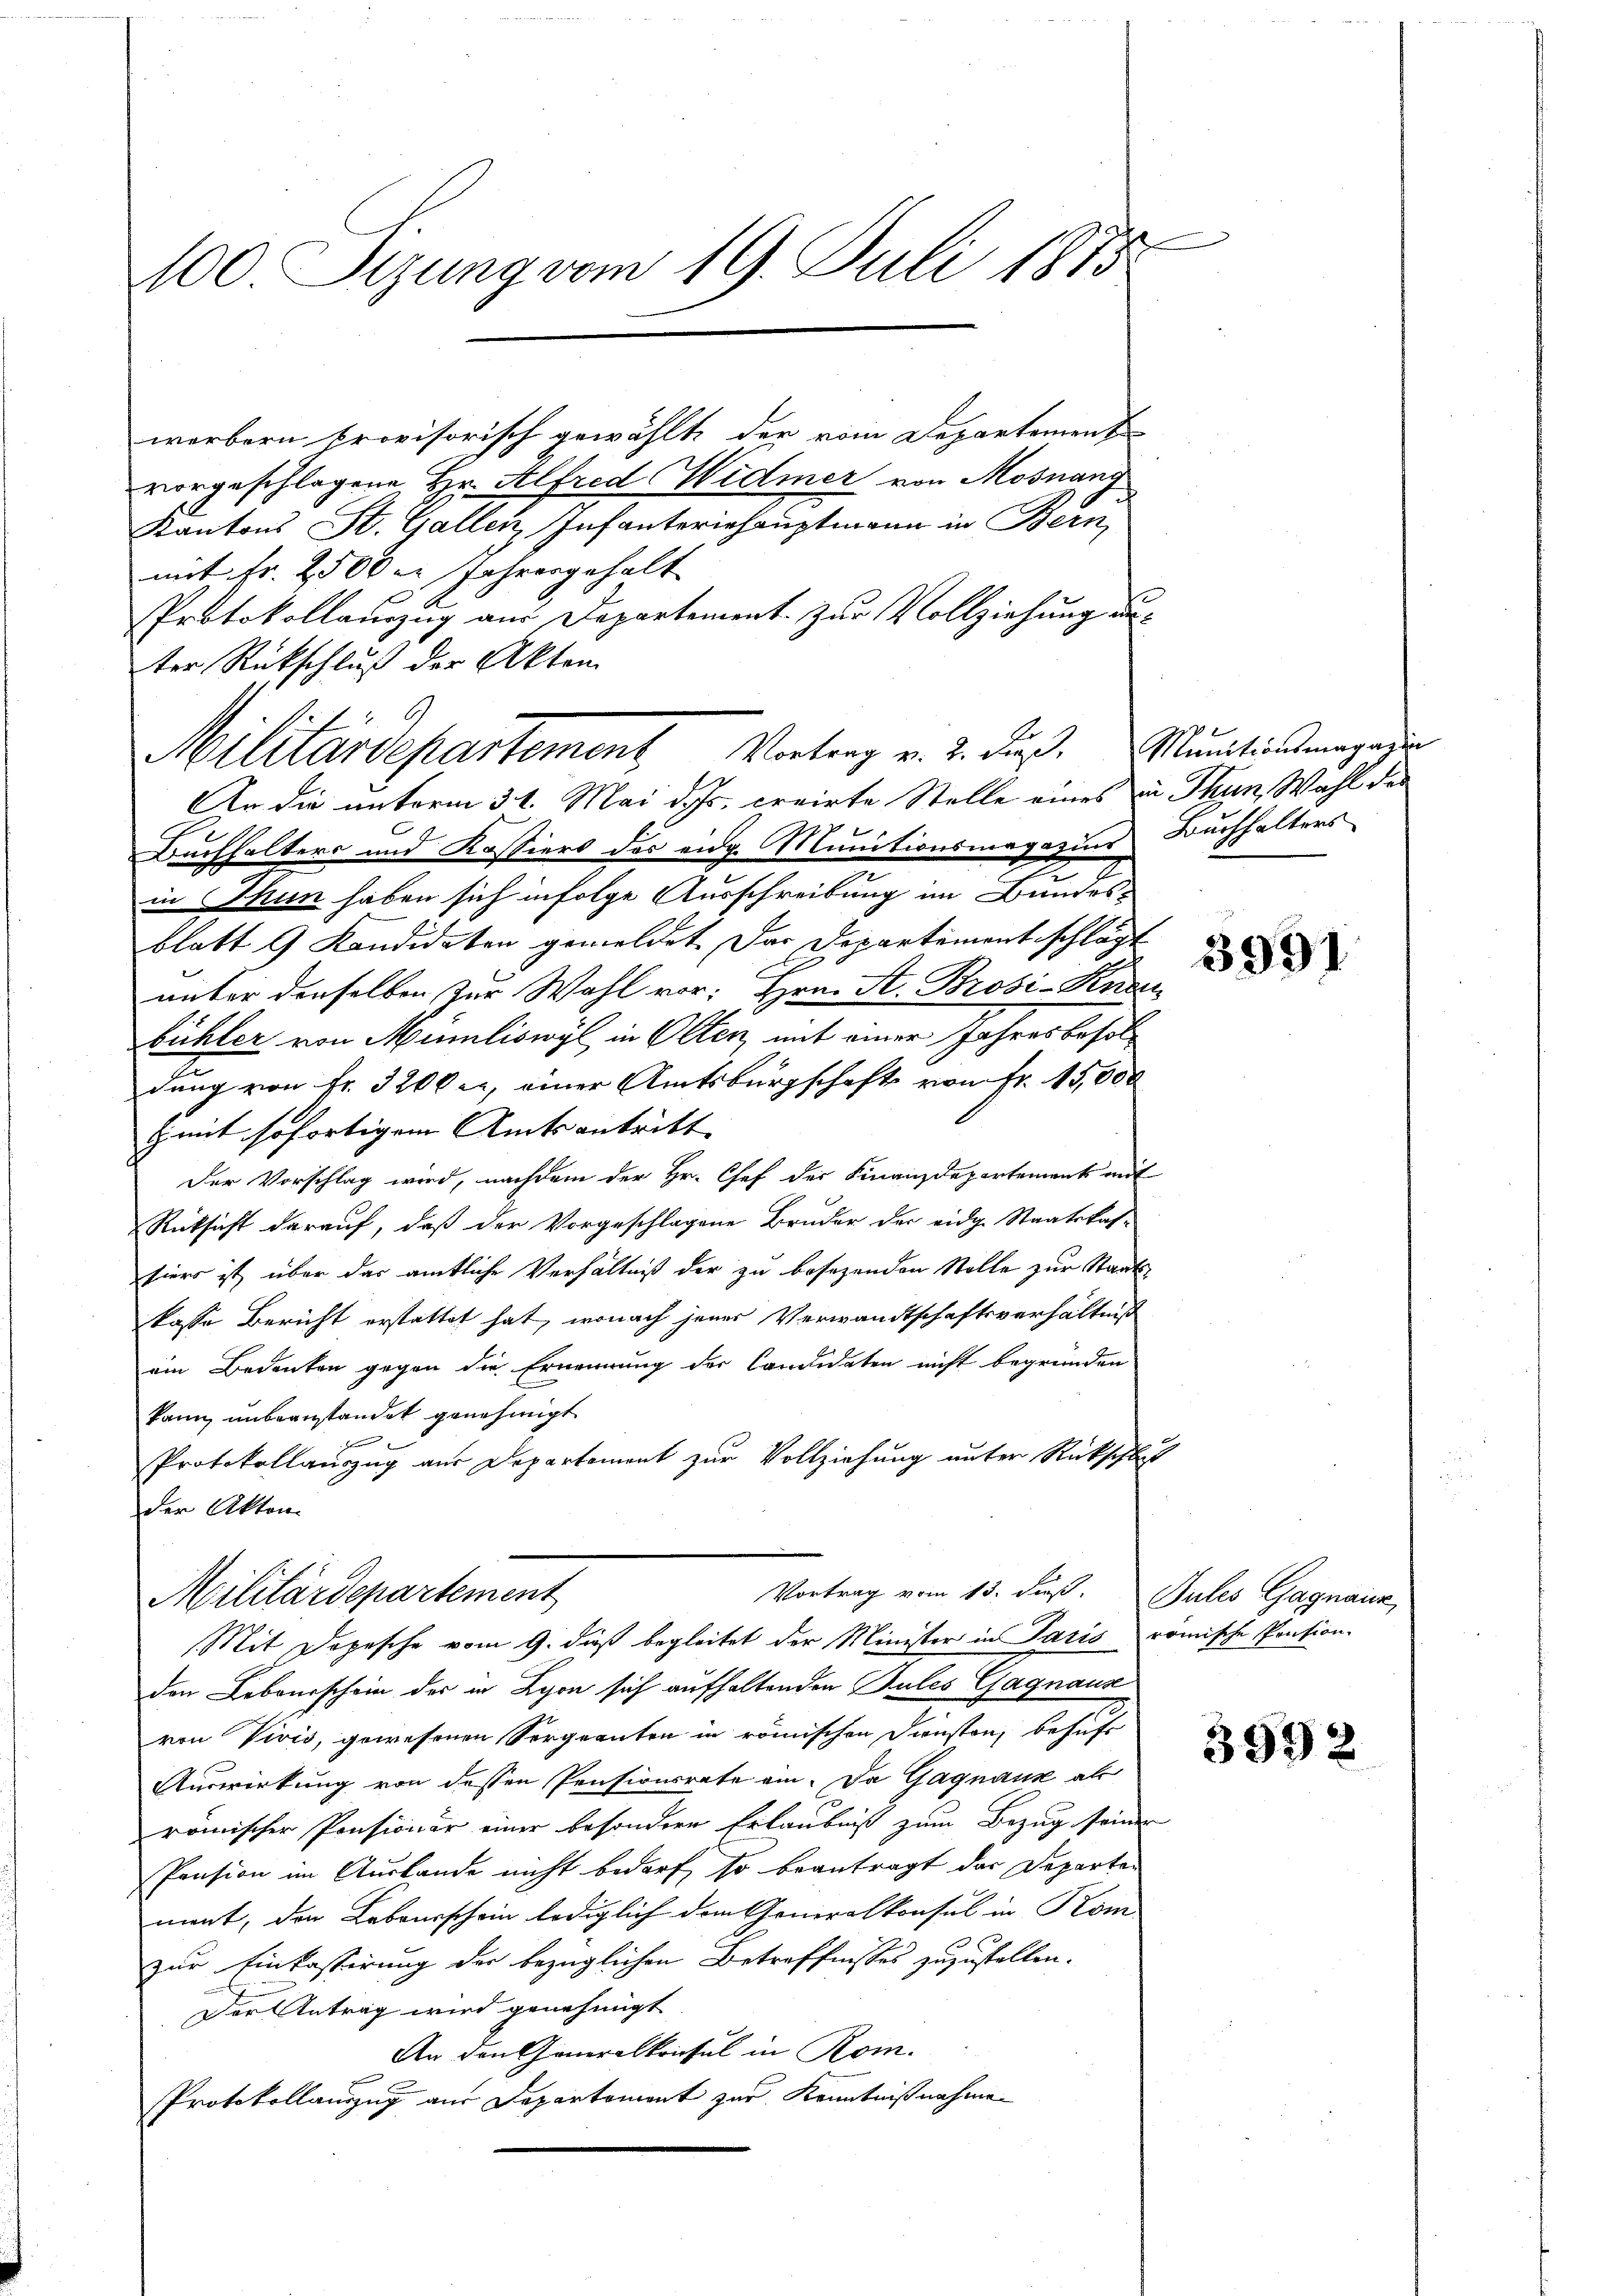
100 Sizung vom 19. Juli 1875

worbern provisorisch gewählte der vom Departement
vorgeschlagene Hr. Alfred Widmer von Mosnang
Kantons St. Gallen Infanteriehauptmann in Bern,
mit Fr. 2500 er Jahrengehalt
Protokollauszug aus Departement. Zur Vollziehung aus
ter Rückschluß der Akten
176
Buchhalters und Kassiers des eidg. Munitionsmagazins Buchhalters
in Thun haben sich infolge Ausschreibung im Bundesblatt 9 Kandidaten gemeldet. Das Departement schlägt
unter denselben zur Wahl vor: Hrn. St. Brosi-Kenze
bühler von Münliswyl, in Olten, mit einer Jahresbesoldung von Fr. 3200 er, einer Amtsbürgschaft von Fr. 15,000
zmit sofortigem Amtsantritt |
Der Vorschlag wird, nachdem der Hr. Chef der Finanzdepartement mit
Rücksicht darauf, daß der Vorgeschlagene Bruder der eidg. Staatskas-
hiers ist über das amtliche Verhältniß der zu besezenden Stolle zur Staatskasse Bericht erstattet hat, wonach jener Verwandtschaftsverhältniß
ein Bedeuten gegen die Ernennung der Candidaten nicht begründen
kann unbeanstandet genehmigt
f
Protokollauszug aus Departement zur Vollziehung unter Rückschluß
der Akten.
Vortrag vom 13. Fuß. Jules Gagnauz
Militärdepartement
Mit Depesche vom 9. dieß begleitet der Minister in Paris römische Pension-
den Lobourschein der in Lyon sich aufhaltenden Pules Gagnaus
von Vivis, gewesenen Sorgeanten in römischen Diensten, behufe
Auswirkung von dessen Pensionsrate ein. Da Gagnank als
römischer Pensionär einer besondere Erlaubniß zum Bezug seinen
Pension im Auslande nicht bedarf, so beantragt das Departen
ment, der Lebourschein lediglich dem Generalkonsul in Kom
zur Einkassirung der bezüglichen Betreffnisses zuzustellen.
Der Antrag wird genehmigt.
An den Generalkonsul in Rom.
Protokollauszug aus Departement zur Kenntnißnahmen

Miluardepartement Vortrag v. 2. Fuß. Munitionsmagazin
An die unterm 31. Mai d. Js. creirte Stelle eines in Thun, Wahl des

3991

3992